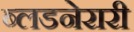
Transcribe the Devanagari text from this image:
ब्लडनेरारी